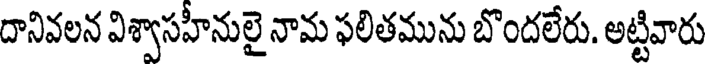
దానివలన విశ్వాసహీనులై నామ ఫలితమును బొందలేరు. అట్టివారు